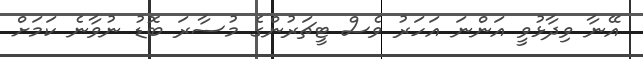
އޭނާ ވިދާޅުވީ އަންނަ އަހަރު ވެސް ޓީޗަރުންގެ މުސާރަ ބޮޑު ނުވާނެ ކަމަށް